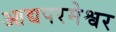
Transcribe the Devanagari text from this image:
आद्यपरमेश्वर